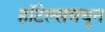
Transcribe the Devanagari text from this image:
हॉटेल्समधून